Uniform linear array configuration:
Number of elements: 8
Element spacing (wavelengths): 0.25
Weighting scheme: exponential
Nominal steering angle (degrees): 0
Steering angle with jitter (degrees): -1.085
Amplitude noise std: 0.05
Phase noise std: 0.05

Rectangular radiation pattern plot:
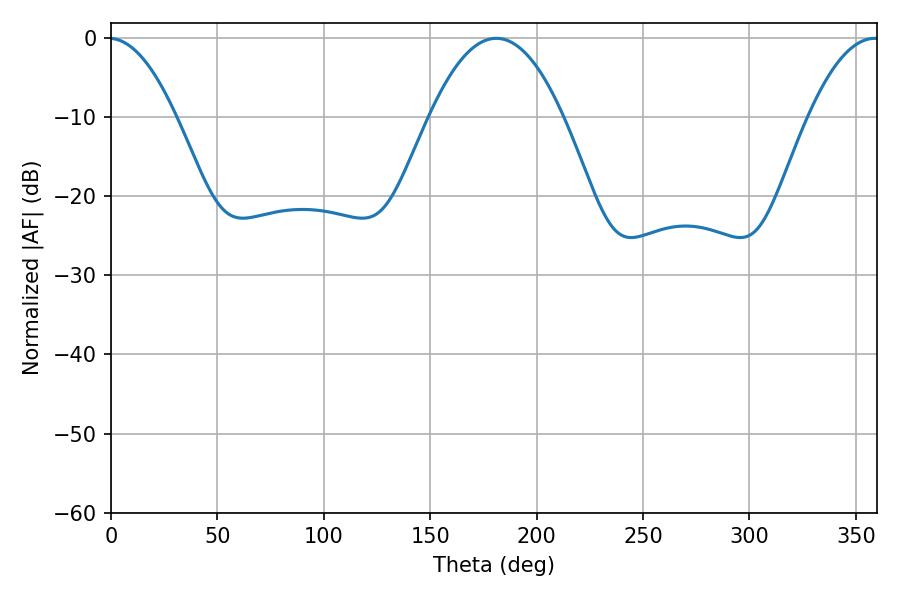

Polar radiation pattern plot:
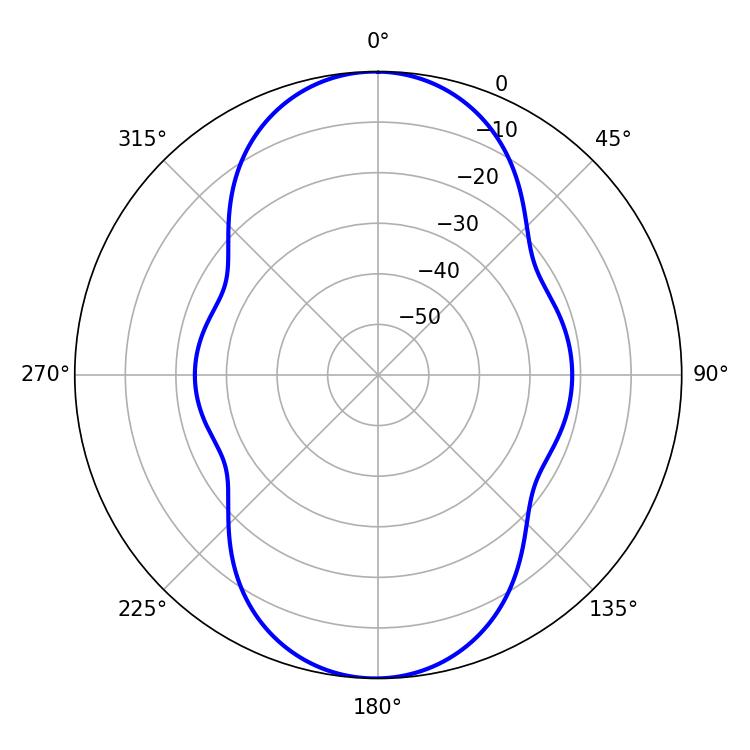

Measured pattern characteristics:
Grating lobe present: FALSE
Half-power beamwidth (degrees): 34.56
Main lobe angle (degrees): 181.08